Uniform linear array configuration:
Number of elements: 24
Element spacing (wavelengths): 0.25
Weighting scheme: uniform
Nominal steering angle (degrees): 60
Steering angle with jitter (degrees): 58.482
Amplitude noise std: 0.05
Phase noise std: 0.05

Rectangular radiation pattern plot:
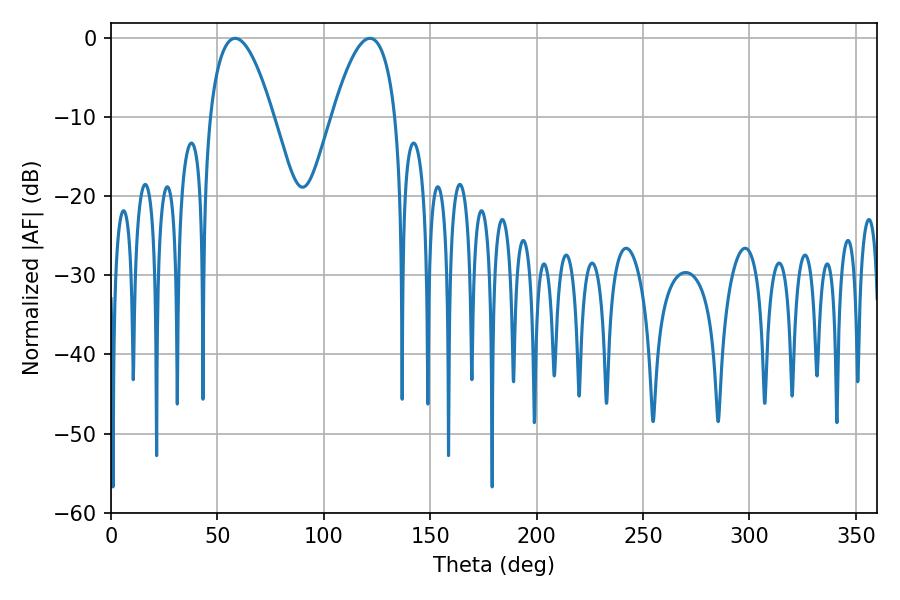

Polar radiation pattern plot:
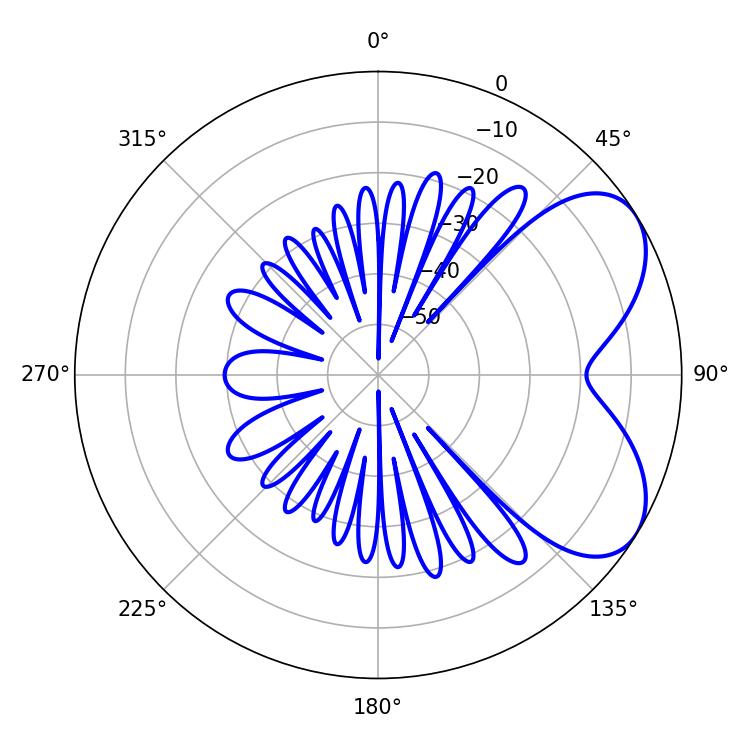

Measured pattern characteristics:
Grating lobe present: FALSE
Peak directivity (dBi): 5.692
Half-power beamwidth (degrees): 16.38
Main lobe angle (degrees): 58.32